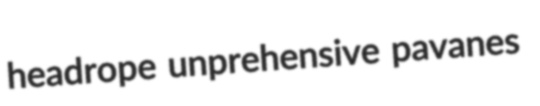
headrope unprehensive pavanes